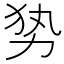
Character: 𭄣